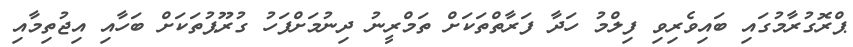
ޕްރޮގުރާމުގައި ބައިވެރިވި ފިލްމު ހަދާ ފަރާތްތަކަށް ތަމްރީނު ދިނުމަށްފަހު ގުރޫޕުތަކަށް ބަހާއި އިޖުތިމާއި